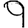
Digit: 9